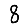
Digit: 8